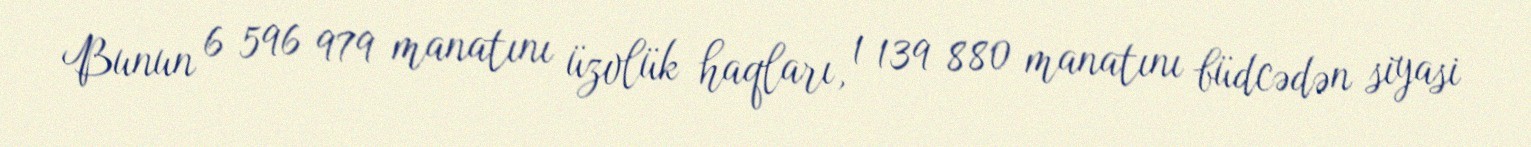
Bunun 6 596 979 manatını üzvlük haqları, 1 139 880 manatını büdcədən siyasi